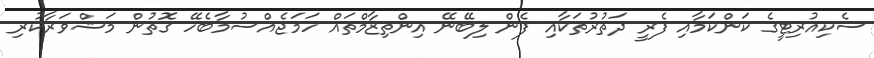
ސެކިއުރިޓީގެ ކަންކަމާއި ފެރީ ދަތުރުތަކާއި ފެން ލިބޭނޭ އިންތިޒާމްތައް ހަމަޖެއްސުމާބެހޭ ގޮތުން މަޝްވަރާކުރި